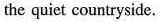
the quiet countryside.